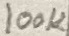
Text: 100K